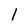
Character: l